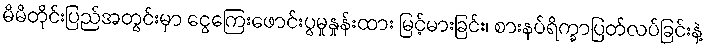
မိမိတိုင်းပြည်အတွင်းမှာ ငွေကြေးဖောင်းပွမှုနှုန်းထား မြင့်မားခြင်း၊ စားနပ်ရိက္ခာပြတ်လပ်ခြင်းနဲ့